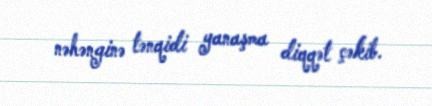
nəhənginə tənqidi yanaşma diqqət çəkib.